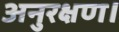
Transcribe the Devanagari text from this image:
अनुरक्षण।